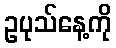
ဥပုသ်နေ့ကို